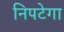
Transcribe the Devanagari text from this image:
निपटेगा